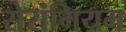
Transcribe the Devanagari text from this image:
सेरांगियम